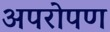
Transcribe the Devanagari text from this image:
अपरोपण